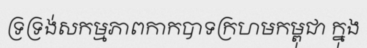
ទ្រទ្រង់សកម្មភាពកាកបាទក្រហមកម្ពុជា ក្នុង